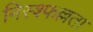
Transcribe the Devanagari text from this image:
निस्श्फल्लता